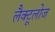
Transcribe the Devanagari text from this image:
लैक्टूलोज